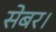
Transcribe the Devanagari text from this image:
सेबर।